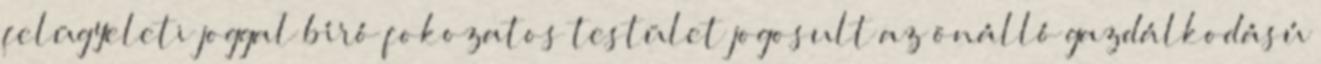
felügyeleti joggal bíró fokozatos testület jogosult az önálló gazdálkodású